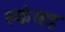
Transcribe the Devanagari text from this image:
स्कंक्ड